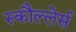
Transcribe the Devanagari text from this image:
स्कौल्लेर्स